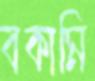
বকামি